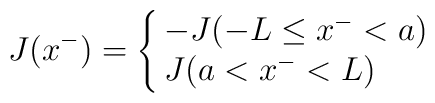
J(x^-)=\cases{    -J (-L\le x^- <a) \cr    J (a<x^-<L) \cr}